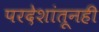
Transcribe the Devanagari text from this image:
परदेशांतूनही